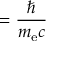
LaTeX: = { \frac { \hbar } { m _ { \mathrm { e } } c } }